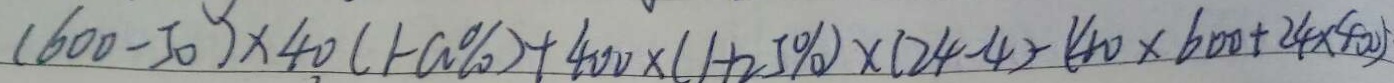
( 6 0 0 - 5 0 ) \times 4 0 ( 1 - a \% ) + 4 0 0 \times ( 1 + 2 5 \% ) \times ( 2 4 - 4 ) - ( 4 0 \times 6 0 0 + 2 4 \times 4 0 0 )